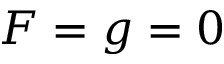
F = g = 0